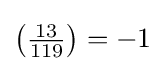
\left({\tfrac {13}{119}}\right)=-1